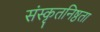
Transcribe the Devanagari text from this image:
संस्कृतनिष्ठता